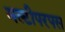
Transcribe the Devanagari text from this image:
मल्टीपरपस